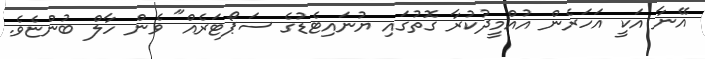
އޭނާ އަކީ އަހަރެން އުއްމީދުކުރާ ގޮތުގައި ޔުނައިޓެޑުގެ ސަޕޯޓަރެއް" ވެން ހާލް ބުންޏެވެ.